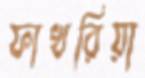
ফাখরিয়া